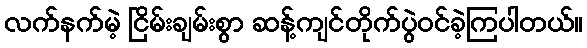
လက်နက်မဲ့ ငြိမ်းချမ်းစွာ ဆန့်ကျင်တိုက်ပွဲဝင်ခဲ့ကြပါတယ်။